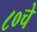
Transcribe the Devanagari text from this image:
८०चे